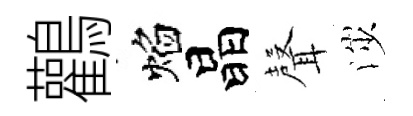
鸛焰晶𮋻渉